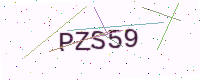
Text: PZS59